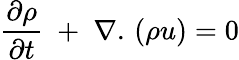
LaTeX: \frac{{\partial\rho}}{{\partial t}}\; +\; \nabla.\, (\rho u)=0